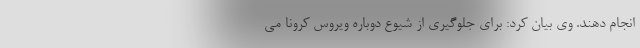
انجام دهند. وی بیان کرد: برای جلوگیری از شیوع دوباره ویروس کرونا می